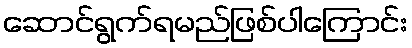
ဆောင်ရွက်ရမည်ဖြစ်ပါကြောင်း